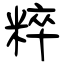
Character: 粹